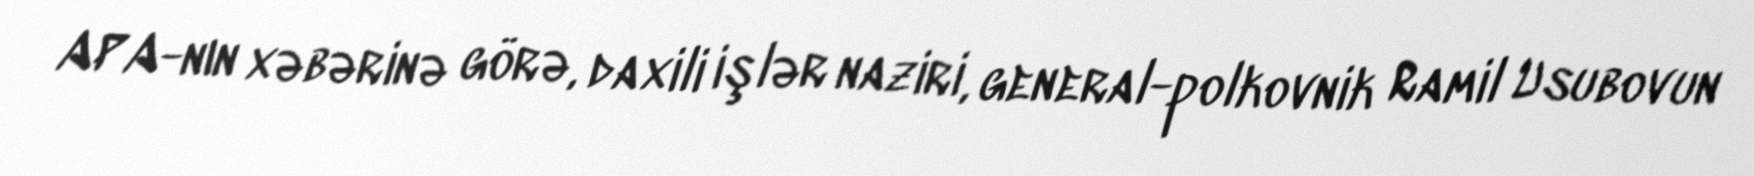
APA-nın xəbərinə görə, daxili işlər naziri, general-polkovnik Ramil Usubovun